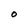
Character: O